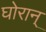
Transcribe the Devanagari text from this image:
घोरान्